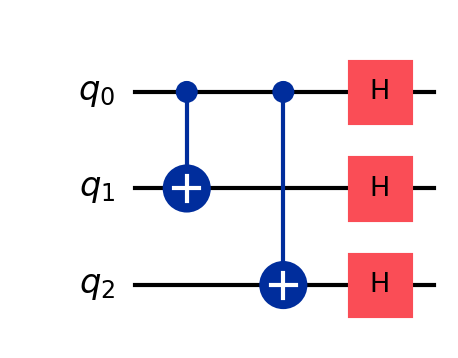
Description: 3-qubit phase-flip code encoding
描述: 3量子比特相位翻转码编码
Category: error_correction (difficulty: advanced)
Qubits: 3, circuit depth: 3

Braket implementation:
from braket.circuits import Circuit
circuit = Circuit().cnot(0, 1).cnot(0, 2).h(0).h(1).h(2)